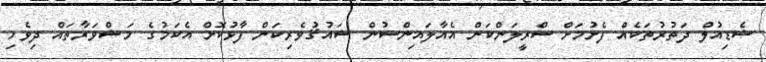
ޝެޑިއުލް ދަތުރުތަކެއް ފެށުމަށް ސްރީލަންކަން އެއާލައިންސުން ޝައުޤުވެރިކަން ފާޅުކޮށް އެކަމުގެ މަޝްވަރާތައް ދިވެހި